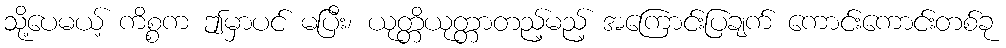
သို့ပေမယ့် ကိစ္စက ဤမှာပင် မပြီး၊ ယုတ္တိယုတ္တာတည့်မည့် အကြောင်းပြချက် ကောင်းကောင်းတစ်ခု